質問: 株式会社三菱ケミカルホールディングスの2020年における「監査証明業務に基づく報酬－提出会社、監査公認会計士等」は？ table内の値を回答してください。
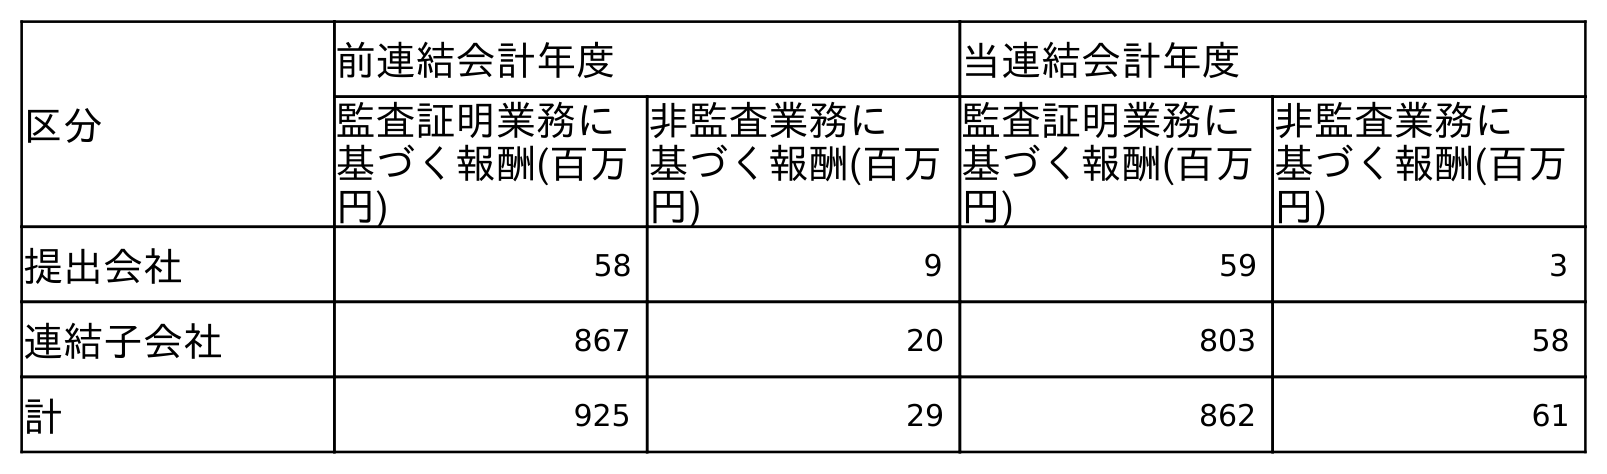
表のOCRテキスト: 区分 前連結会計年度 当連結会計年度 監査証明業務に 基づく報酬(百万 円) 非監査業務に 基づく報酬(百万 円) 監査証明業務に 基づく報酬(百万 円) 非監査業務に 基づく報酬(百万 円) 提出会社 58 9 59 3 連結子会社 867 20 803 58 計 925 29 862 61
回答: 59